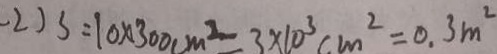
- 2 ) s = 1 0 \times 3 0 0 c m ^ { 2 } = 3 \times 1 0 ^ { 3 } c m ^ { 2 } = 0 . 3 m ^ { 2 }